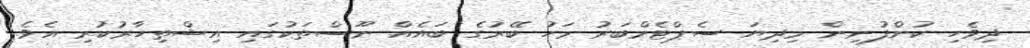
ދިވެހި ކުންފުނިން މިދިޔަ ސެޕްޓެމްބަރު މަހު ބޭރުގެ ބައެއް ނޫސްތަކުގައި އިޝްތިހާރުކުރި އެވެ.